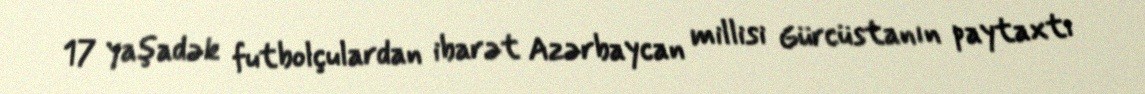
17 yaşadək futbolçulardan ibarət Azərbaycan millisi Gürcüstanın paytaxtı